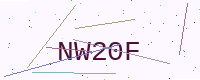
Text: NW20F